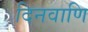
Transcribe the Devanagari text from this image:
दिनवाणि